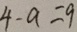
4 - a = 9